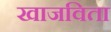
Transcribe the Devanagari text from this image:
खाजविता